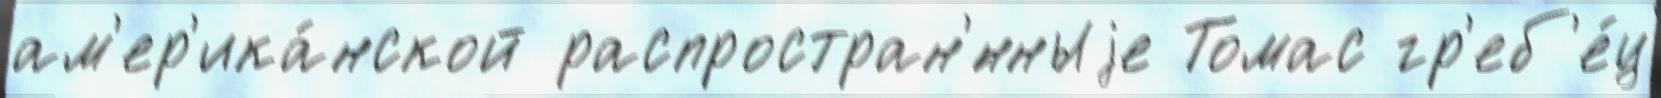
ам'ер'ика́нской распростран'́нныjе Томас гр'еб'е́ц